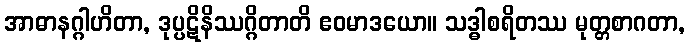
အာဓာနဂ္ဂါဟိတာ, ဒုပ္ပဋိနိဿဂ္ဂိတာတိ ဧဝမာဒယော။ သဒ္ဓါစရိတဿ မုတ္တစာဂတာ,